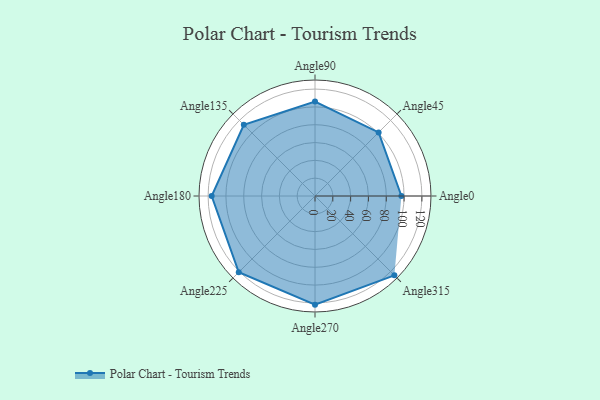
{"axis": {"x": "Angle", "y": "Radius"}, "legend": [""], "data": [{"x": "Angle0", "y": 97.0, "type": ""}, {"x": "Angle45", "y": 101.0, "type": ""}, {"x": "Angle90", "y": 106.0, "type": ""}, {"x": "Angle135", "y": 113.0, "type": ""}, {"x": "Angle180", "y": 116.0, "type": ""}, {"x": "Angle225", "y": 121.0, "type": ""}, {"x": "Angle270", "y": 122.0, "type": ""}, {"x": "Angle315", "y": 126.0, "type": ""}]}